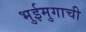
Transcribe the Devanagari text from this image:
भुईमुगाची